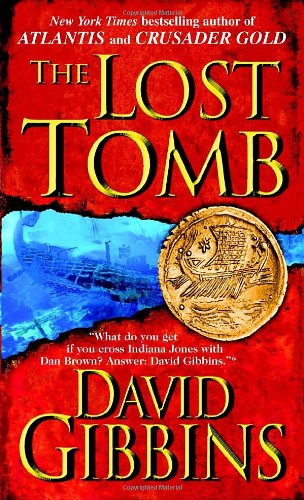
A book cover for The Lost Tomb (Jack Howard); David Gibbins; Literature & Fiction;